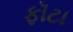
ફૉટા